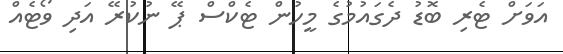
އަވަށް ޓެރި ބޮޑު ދެގައުމުގެ މީހުން ޓެކްސް ޕޭ ނުކުރޭ އަދި ވޯޓެއް